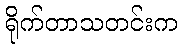
ရိုက်တာသတင်းက